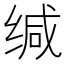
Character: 缄